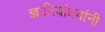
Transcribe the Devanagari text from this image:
ज्ञातिबांधवांनी